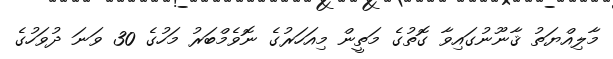
މާލިއްޔަތު ޤާނޫނުގައިވާ ގޮތުގެ މަތީން މިއަހަރުގެ ނޮވެމްބަރު މަހުގެ 30 ވަނަ ދުވަހުގެ